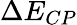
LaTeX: \Delta E_{CP}